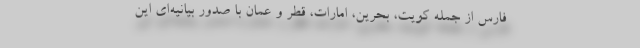
فارس از جمله کویت، بحرین، امارات، قطر و عمان با صدور بیانیه‌ای این